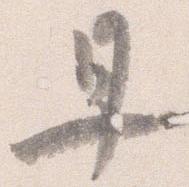
早